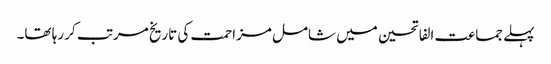
پہلے جماعت الفاتحین میں شامل مزاحمت کی تاریخ مرتب کر رہا تھا۔